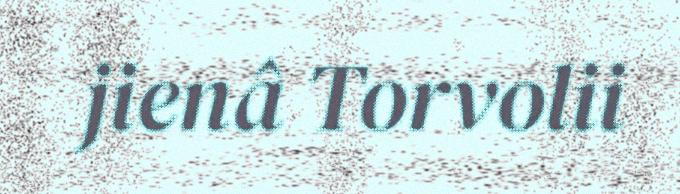
jienâ Torvolii